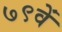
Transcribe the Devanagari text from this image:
७९वें